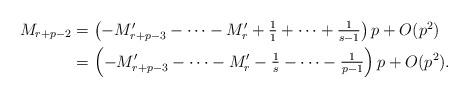
LaTeX: \begin{align*}\textstyle M_{r+p-2} & \textstyle = \left(-M_{r+p-3}' - \cdots - M_r' + \frac{1}{1} + \cdots + \frac{1}{s-1}\right)p + O(p^2) \textstyle \\ & \textstyle = \left(-M_{r+p-3}' - \cdots - M_r' -\frac{1}{s} - \cdots - \frac{1}{p-1}\right)p + O(p^2).\end{align*}